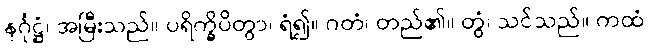
နင်္ဂုဋ္ဌံ၊ အမြီးသည်။ ပရိက္ခိပိတွာ၊ ရံ၍။ ဂတံ၊ တည်၏။ တွံ၊ သင်သည်။ ကထံ